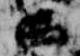
西